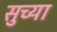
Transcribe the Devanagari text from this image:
सुच्या